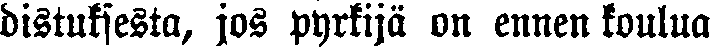
distuksesta, jos pyrkijä on ennen koulua